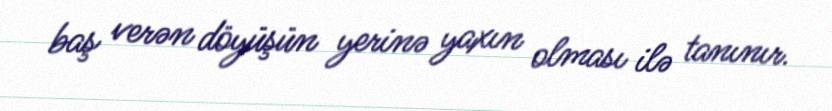
baş verən döyüşün yerinə yaxın olması ilə tanınır.